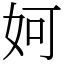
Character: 妸